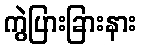
ကွဲပြားခြားနား